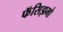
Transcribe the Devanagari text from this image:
फॅसिझमो